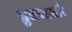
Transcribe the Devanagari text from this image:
तुजमाजी